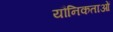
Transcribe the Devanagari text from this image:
यौनिकताओं